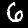
Label: 6